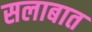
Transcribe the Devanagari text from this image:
सलाबात